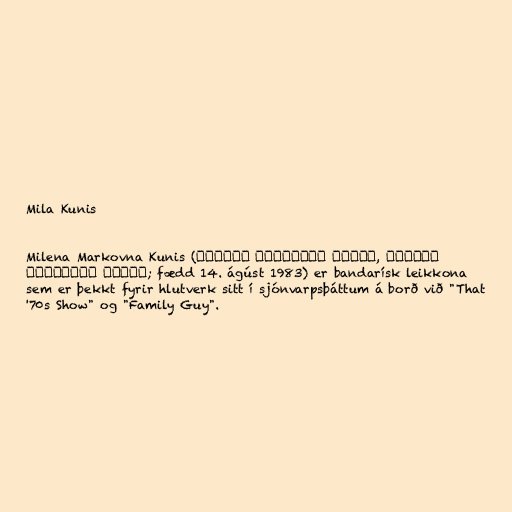
Mila Kunis

Milena Markovna Kunis (Милена Маркοвна Кунис, Мілена
Марківна Куніс; fædd 14. ágúst 1983) er bandarísk leikkona
sem er þekkt fyrir hlutverk sitt í sjónvarpsþáttum á borð við "That
'70s Show" og "Family Guy".